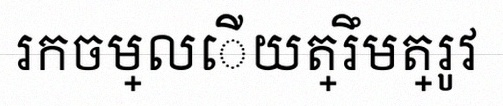
រកចម្លើយត្រឹមត្រូវ